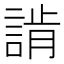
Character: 𧨷